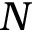
N